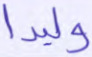
وليدا